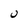
Character: U